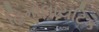
હિમોલાયટિક